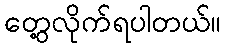
တွေ့လိုက်ရပါတယ်။